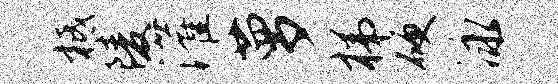
柢陵灌萝梯硬泳